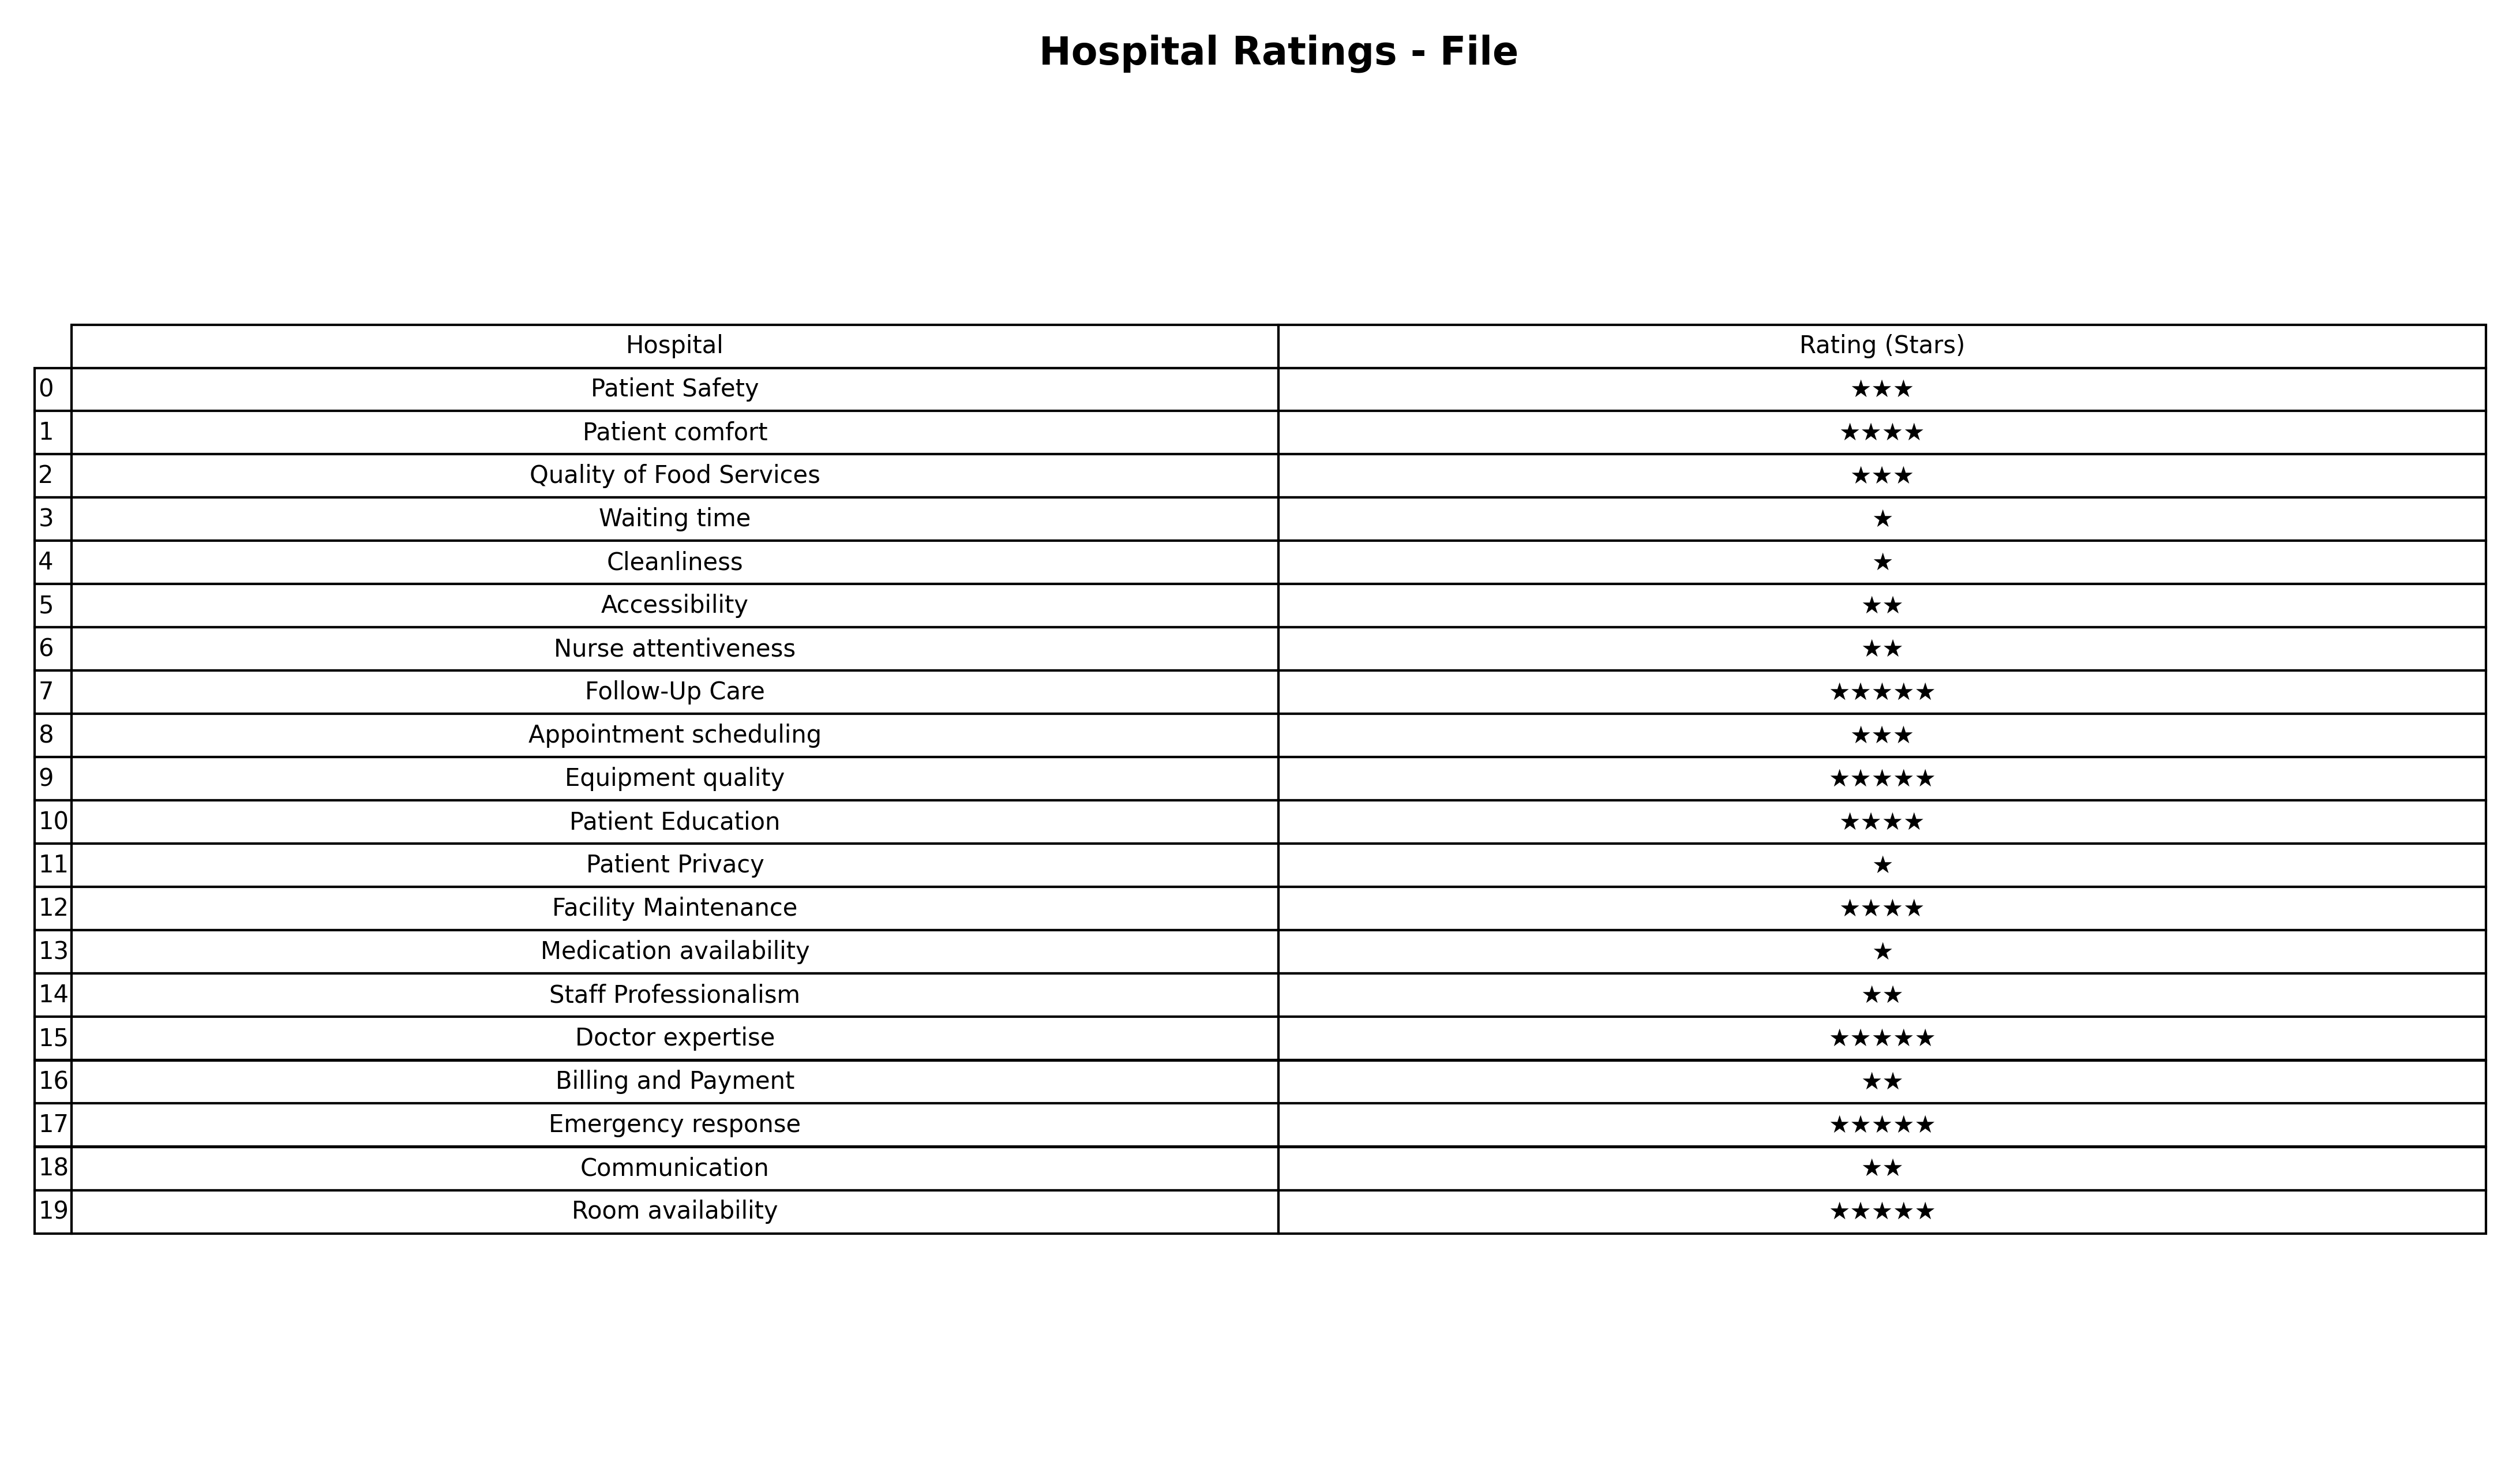
question: What are two star services?
answer: AccessibilityNurse attentivenessStaff ProfessionalismBilling and PaymentCommunication